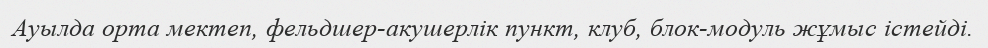
Ауылда орта мектеп, фельдшер-акушерлік пункт, клуб, блок-модуль жұмыс істейді.